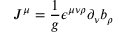
J ^ { \mu } = \frac { 1 } { g } \epsilon ^ { \mu \nu \rho } \partial _ { \nu } b _ { \rho }